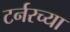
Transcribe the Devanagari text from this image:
टर्नरच्या